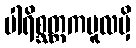
ပါရိစ္ဆတ္တကမူလမှိ